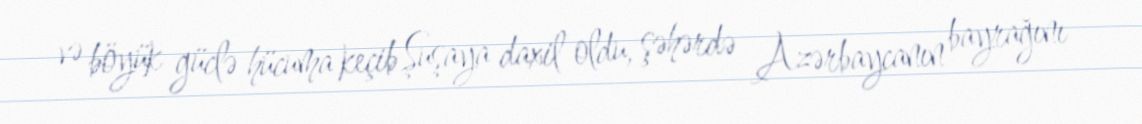
və böyük güclə hücuma keçib Şuşaya daxil oldu, şəhərdə Azərbaycanın bayrağını